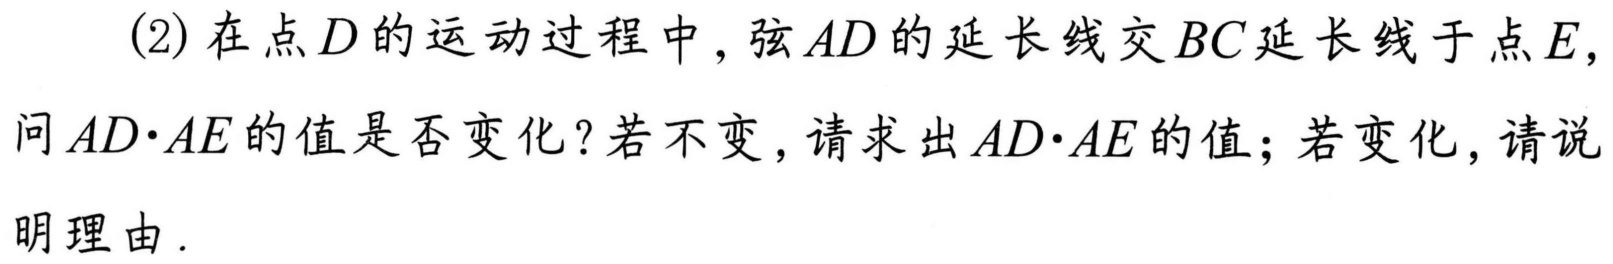
(2) 在点\(D\)的运动过程中，弦\(AD\)的延长线交\(BC\)延长线于点\(E\)，问\(AD\cdot AE\)的值是否变化？若不变，请求出\(AD\cdot AE\)的值；若变化，请说明理由.